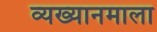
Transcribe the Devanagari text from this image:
व्यख्यानमाला